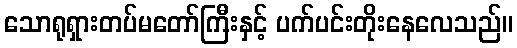
သောရုရှားတပ်မတော်ကြီးနှင့် ပက်ပင်းတိုးနေလေသည်။